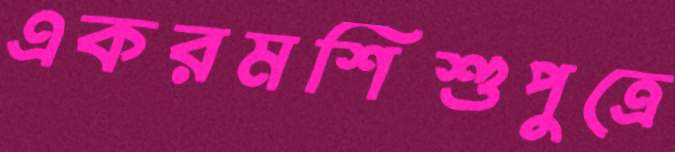
একরমশিশুপুত্রে